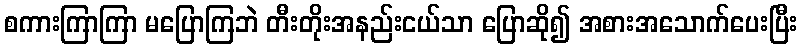
စကားကြာကြာ မပြောကြဘဲ တီးတိုးအနည်းငယ်သာ ပြောဆို၍ အစားအသောက်ပေးပြီး